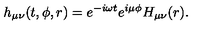
h _ { \mu \nu } ( t , \phi , r ) = e ^ { - i \omega t } e ^ { i \mu \phi } H _ { \mu \nu } ( r ) .